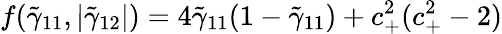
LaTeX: f(\tilde{\gamma}_{11},|\tilde{\gamma}_{12}|)=4\tilde{\gamma}_{11}(1-\tilde{\gamma}_{11})+c_{+}^{2}(c_{+}^{2}-2)